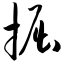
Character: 掘